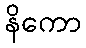
နိကော